Scientific memoirs by medical officers of the Army of India - Part III,
Year: 1887
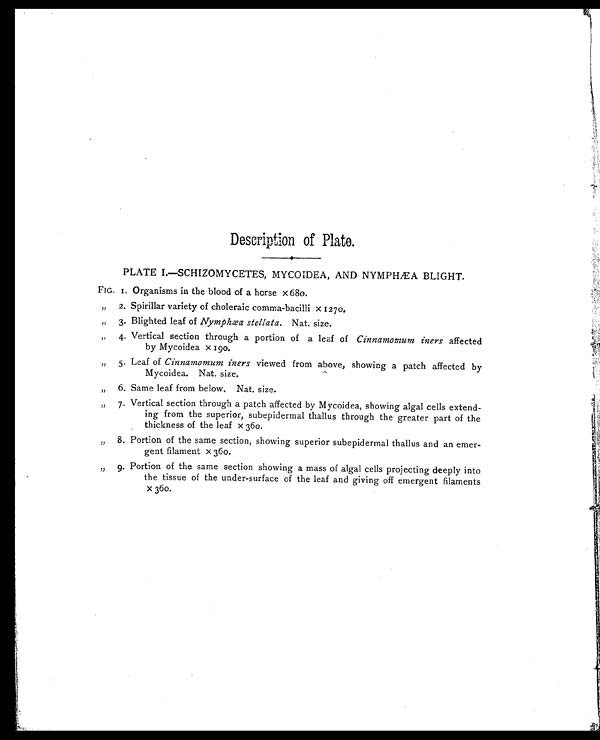
Description of Plate.
PLATE I.—SCHIZOMYCETES, MYCOIDEA, AND NYMPHÆA BLIGHT.
FIG. 1. Organisms in the blood of a horse x 680.
„
2. Spirillar variety of choleraic comma-bacilli x 1270.
„
3. Blighted leaf of Nymphæa stellata. Nat. size.
„
4. Vertical section through a portion of a leaf of Cinnamomum iners affected
by Mycoidea x 190.
„
5. Leaf of Cinnamomum iners viewed from above, showing a patch affected by
Mycoidea. Nat. size.
,,
6. Same leaf from below. Nat. size.
„
7. Vertical section through a patch affected by Mycoidea, showing algal cells extend-
ing from the superior, subepidermal thallus through the greater part of the
thickness of the leaf x 360.
, ,
8. Portion of the same section, showing superior subepidermal thallus and an emer-
gent filament x 360.
„
9 . Portion of the same section showing a mass of algal cells projecting deeply into
the tissue of the under-surface of the leaf and giving off emergent filaments
x 360.